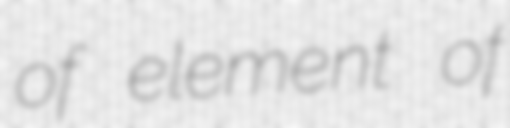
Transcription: of element of